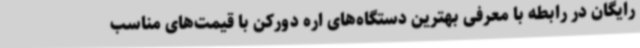
رایگان در رابطه با معرفی بهترین دستگاه‌های اره دورکن با قیمت‌های مناسب